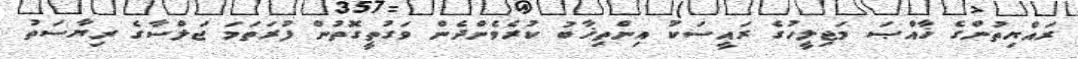
ރައްޔިތުންގެ ޚާއްޞަ މަޖިލީހުގެ ރައީސަކު އިންތިޚާބު ކުރެވެންދެން ވަގުތީގޮތުން ފުރަތަމަ ޖަލްސާގެ ރިޔާސަތު